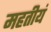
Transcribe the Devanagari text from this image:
महतीयं